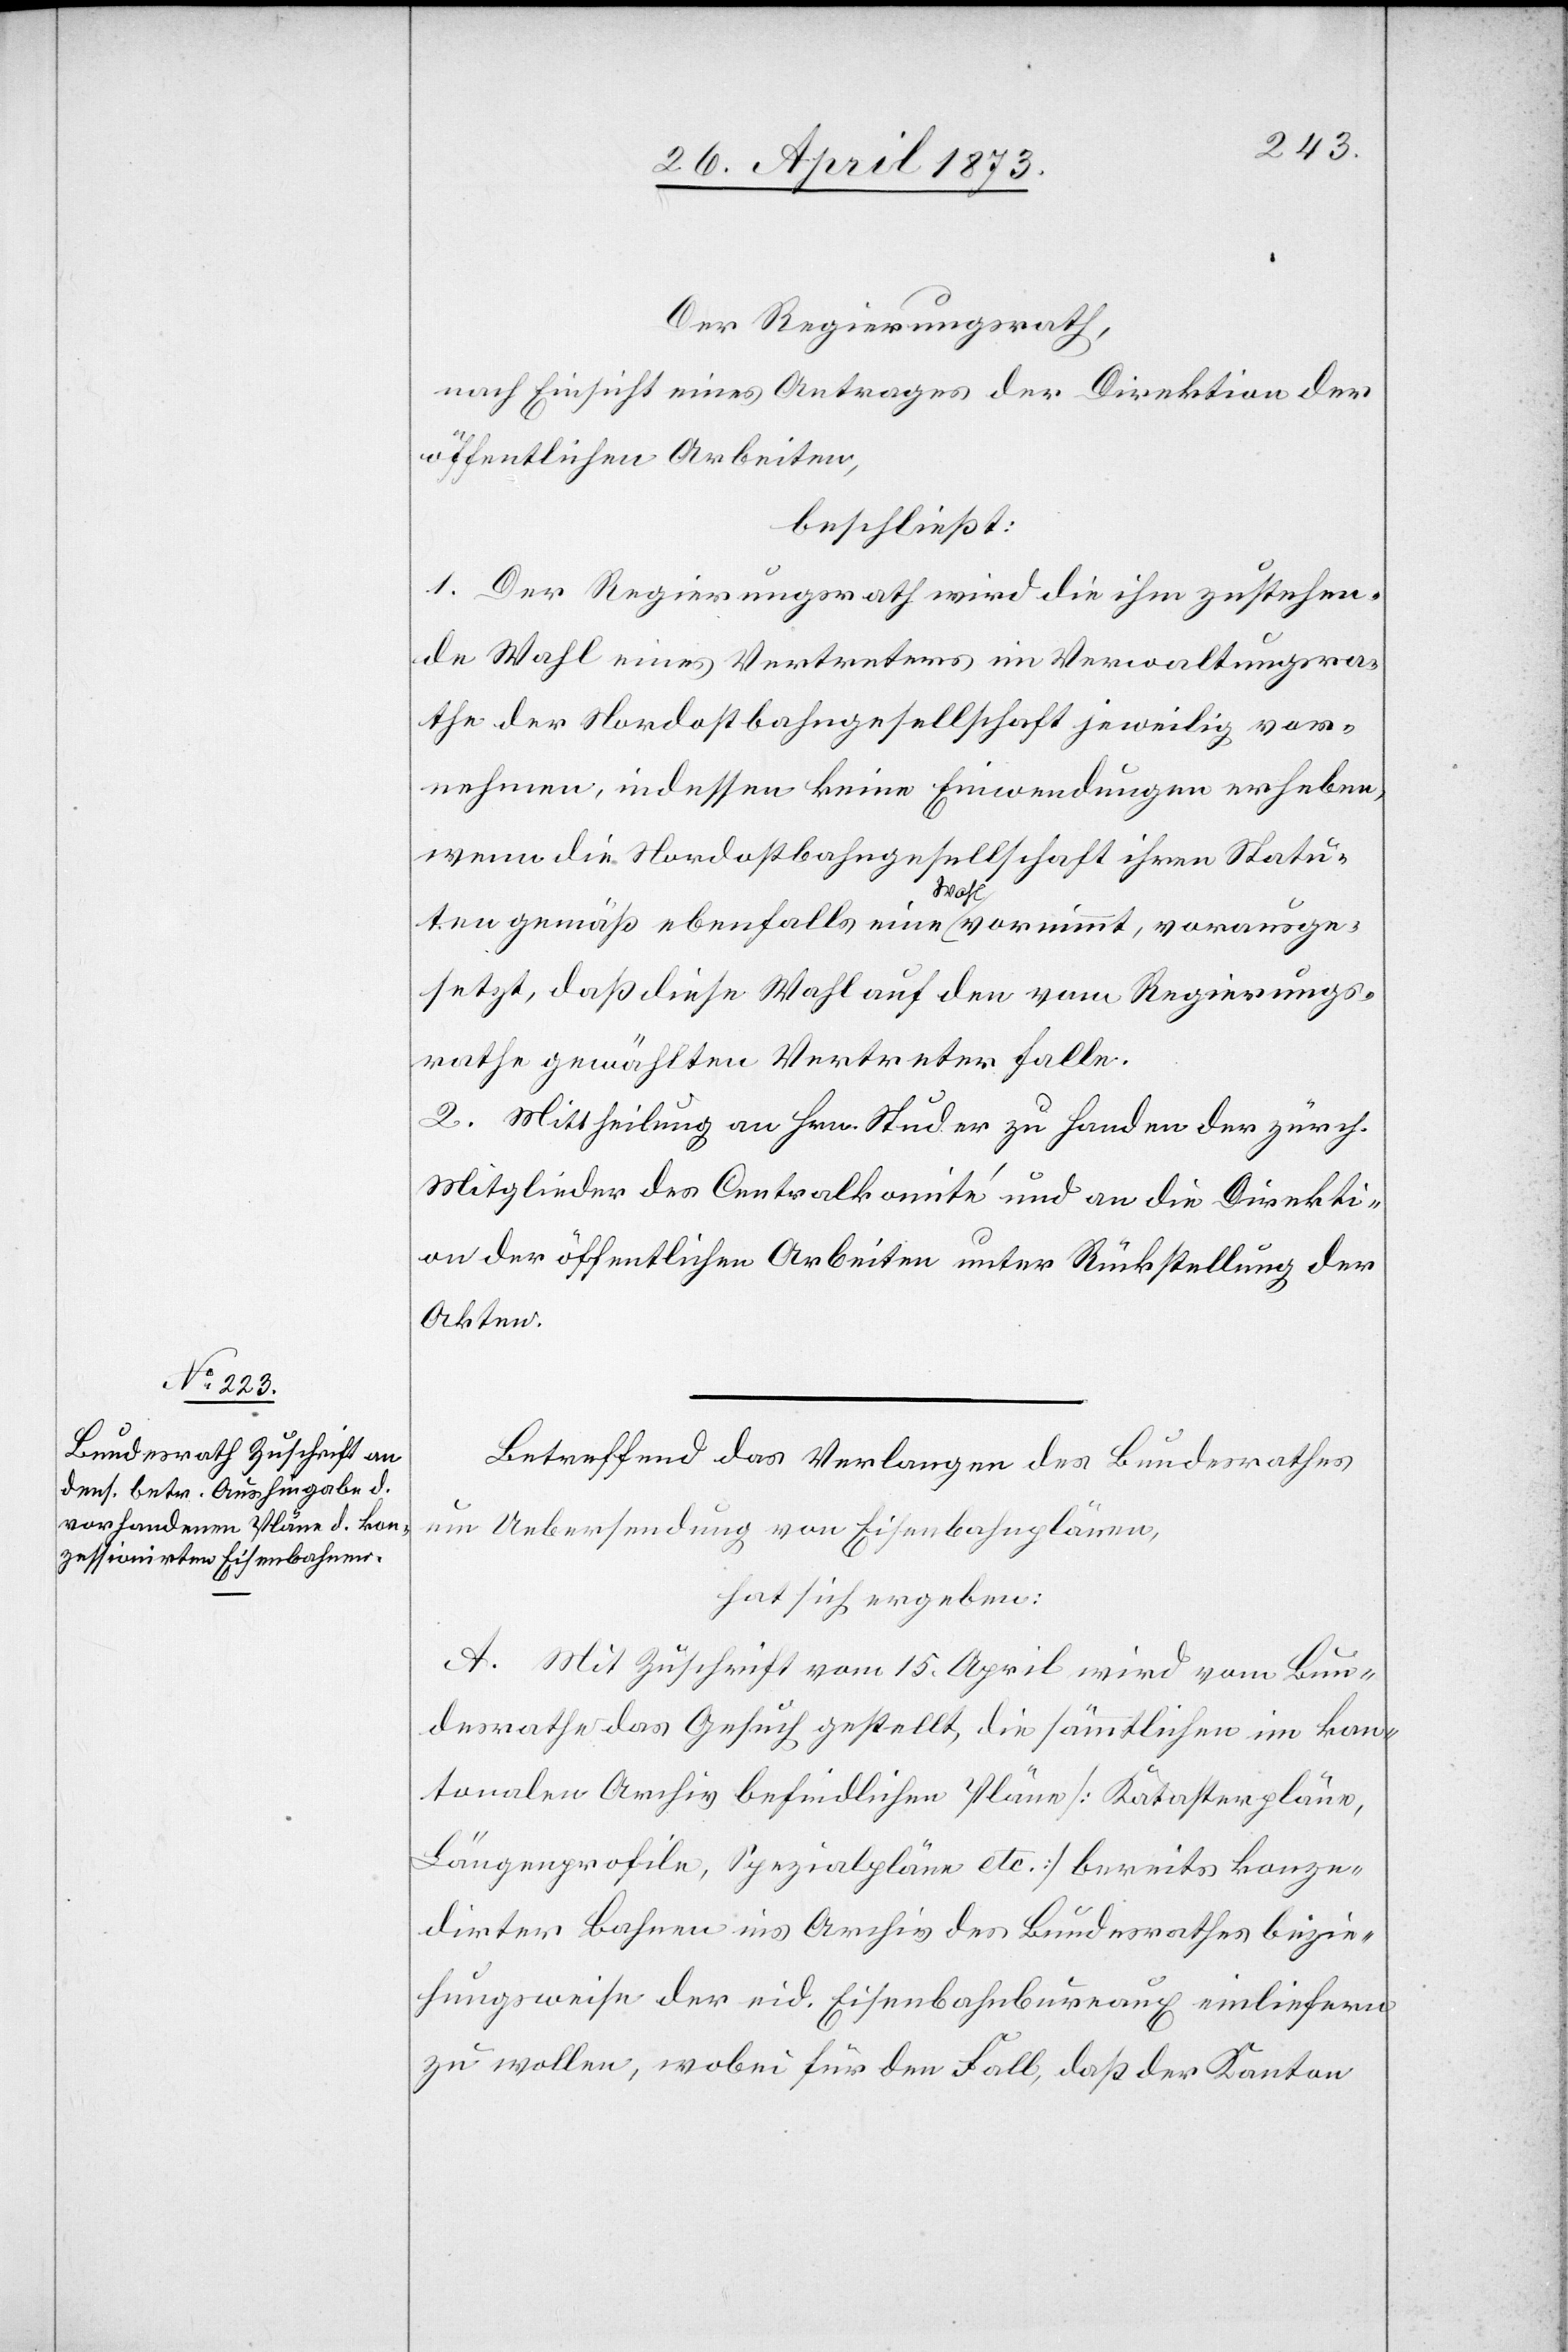
Der Regierungsrath,
nach Einsicht eines Antrages der Direktion der
öffentlichen Arbeiten,
beschließt:
1. Der Regierungsrath wird die ihm zustehen¬
de Wahl eines Vertreters im Verwaltungsra¬
the der Nordostbahngesellschaft jeweilig vor¬
nehmen, indessen keine Einwendungen erheben,
wenn die Nordostbahngesellschaft ihren Statu¬
ten gemäß ebenfalls eine Wahl vornimmt, vorausge¬
setzt, daß diese Wahl auf den vom Regierungs¬
rathe gewählten Vertreter falle.
2. Mittheilung an Hrn. Studer zu Handen der zürch.
Mitglieder des Centralkomite und an die Direkti¬
on der öffentlichen Arbeiten unter Rückstellung der
Akten.
Betreffend das Verlangen des Bundesrathes
um Uebersendung von Eisenbahnplänen,
hat sich ergeben:
A. Mit Zuschrift vom 15. April wird vom Bun¬
desrathe das Gesuch gestellt, die sämmtlichen im kan¬
tonalen Archiv befindlichen Pläne [Katasterpläne,
Längenprofile, Spezialpläne etc.] bereits konze¬
dirter Bahnen ins Archiv des Bundesrathes bezie¬
hungsweise der eid. Eisenbahnbureaux einliefern
zu wollen, wobei für den Fall, daß der Kanton